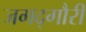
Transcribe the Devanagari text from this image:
जगद्‌गौरी